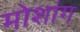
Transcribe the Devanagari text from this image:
मोशांग